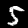
Label: 5